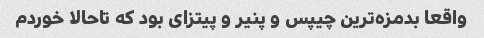
واقعا بدمزه‌ترین چیپس و پنیر و پیتزای بود که تاحالا خوردم